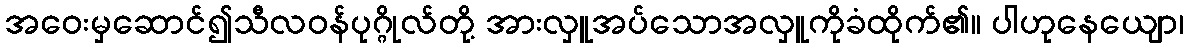
အဝေးမှဆောင်၍သီလဝန်ပုဂ္ဂိုလ်တို့ အားလှူအပ်သောအလှူကိုခံထိုက်၏။ ပါဟုနေယျော၊